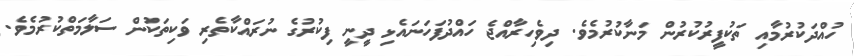
ހުއްދަކުރުމާއި ތަކުފީރުކުރުން މަނާކުރުމެވެ. ދިވެހިރާއްޖެ ހައްދުފަހަނައެޅި ދީނީ ފިކުރުގެ ނުރައްކާތެރި ވަކިތަކުން ސަލާމަތްކުރުމެވެ.